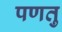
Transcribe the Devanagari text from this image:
पणतु